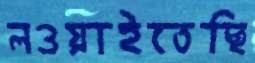
লওয়াইতেছি